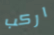
اركب